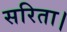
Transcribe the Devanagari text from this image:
सरिता।